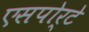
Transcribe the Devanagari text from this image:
एसपोर्टे